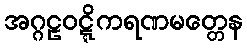
အဂ္ဂဠဝဋ္ဋိကရဏမတ္တေန